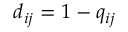
d _ { i j } = 1 - q _ { i j }